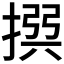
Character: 𢰅